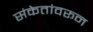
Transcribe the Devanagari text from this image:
संकेतांवरून